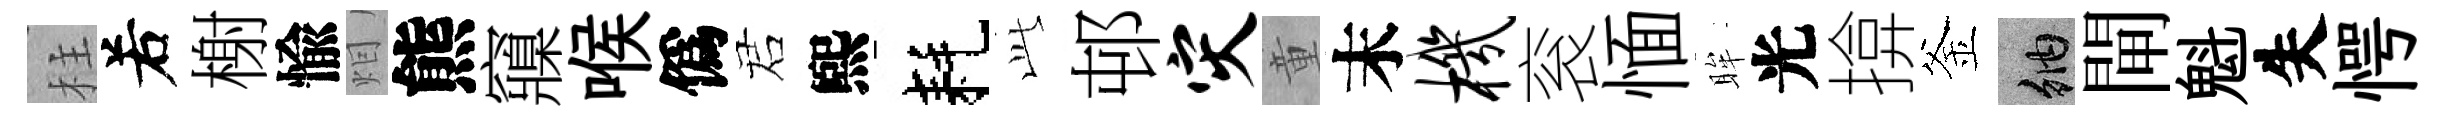
柱𠰥榭愉𤇆熊䆿喉僞诺煕耗𬼘邨灾童末机衮愐眸光揜釜納閘魁失愕